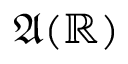
{ \mathfrak { A } } ( \mathbb { R } )